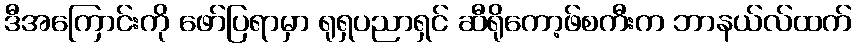
ဒီအကြောင်းကို ဖော်ပြရာမှာ ရုရှပညာရှင် ဆီရိုကော့ဖ်စကီးက ဘာနယ်လ်ထက်